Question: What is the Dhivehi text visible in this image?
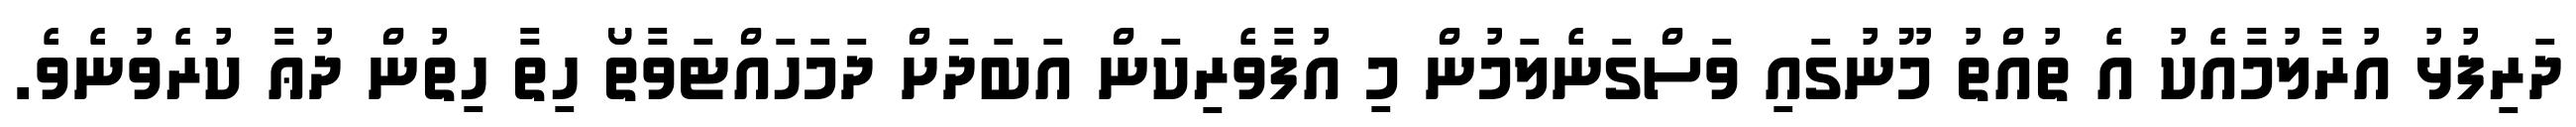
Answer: ދަރިފުޅު އުރާލުމާއެކު އެ ތުއްތު މޫނުގައި ވަސްގަނެލަމުން މި އުފާވެރިކަން އަބަދަށް ދަމަހައްޓަވާތޯ ހިތާ ހިތުން ދުޢާ ކުރެވުނެވެ.